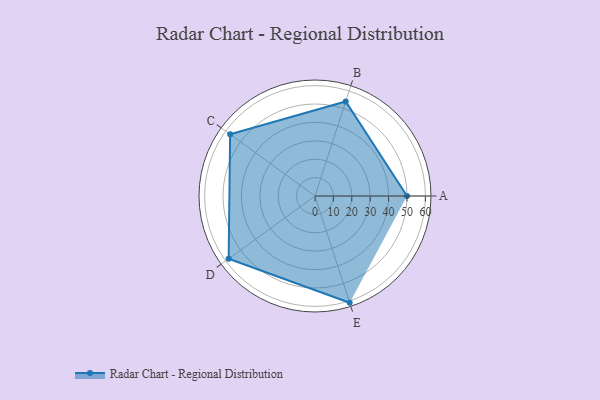
{"axis": {"x": "Skill", "y": "Score"}, "legend": ["Profile"], "data": [{"x": "A", "y": 50.0, "type": "Profile"}, {"x": "B", "y": 54.0, "type": "Profile"}, {"x": "C", "y": 57.0, "type": "Profile"}, {"x": "D", "y": 58.0, "type": "Profile"}, {"x": "E", "y": 61.0, "type": "Profile"}]}